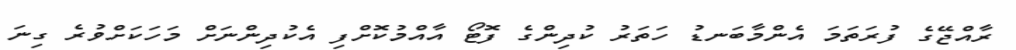
ރާއްޖޭގެ ފުރަތަމަ އެންމާބަނޑު ހަތަރު ކުދިންގެ ފޮޓޯ އާއްމުކޮށްފި އެކުދިންނަށް މަހަކަށްވުރެ ގިނަ